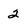
Character: 2